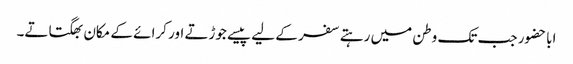
اباحضور جب تک وطن میں رہتے سفر کے لیے پیسے جوڑتے اور کرائے کے مکان بھگتاتے۔